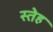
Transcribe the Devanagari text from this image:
स्तेह